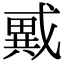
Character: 𢨇